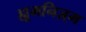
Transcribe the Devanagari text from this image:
ह्यूमनिज़्म